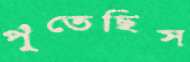
পুঁতেছিস